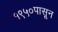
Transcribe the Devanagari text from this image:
१९५०पासून